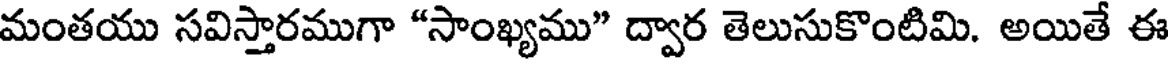
మంతయు సవిస్తారముగా "సాంఖ్యము" ద్వార తెలుసుకొంటిమి. అయితే ఈ